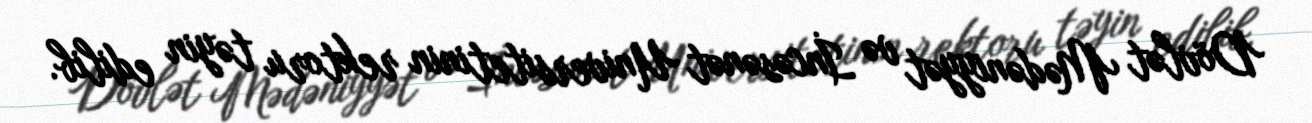
Dövlət Mədəniyyət və İncəsənət Universitetinin rektoru təyin edilib.